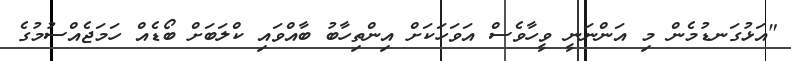
"އަޅުގަނޑުމެން މި އަންނަނީ ވީހާވެސް އަވަހަކަށް އިންތިހާބު ބާއްވައި ކްލަބަށް ބޯޑެއް ހަމަޖެއްސުމުގެ